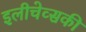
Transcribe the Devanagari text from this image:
इलीचेव्सकी